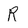
Character: R